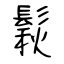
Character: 鬏